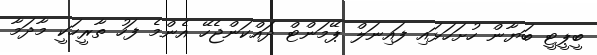
ބީޕީޓީ ބަޔާން ހުށަހަޅައި ފައިނަލް ޕޭމަންޓް ދައްކަންޖެހޭ އެންމެ ފަހު ތާރީހަކީ މާދަމާ